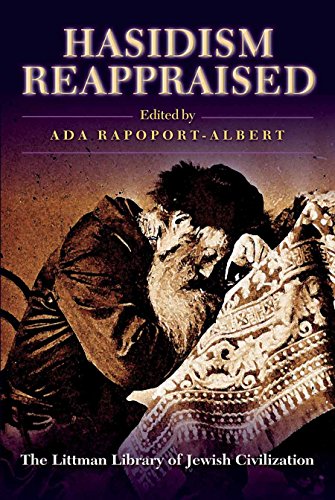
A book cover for Hasidism Reappraised (Littman Library of Jewish Civilization); Religion & Spirituality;